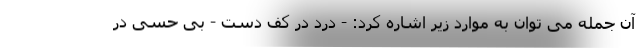
آن جمله می توان به موارد زیر اشاره کرد: - درد در کف دست - بی حسی در